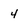
Character: 4